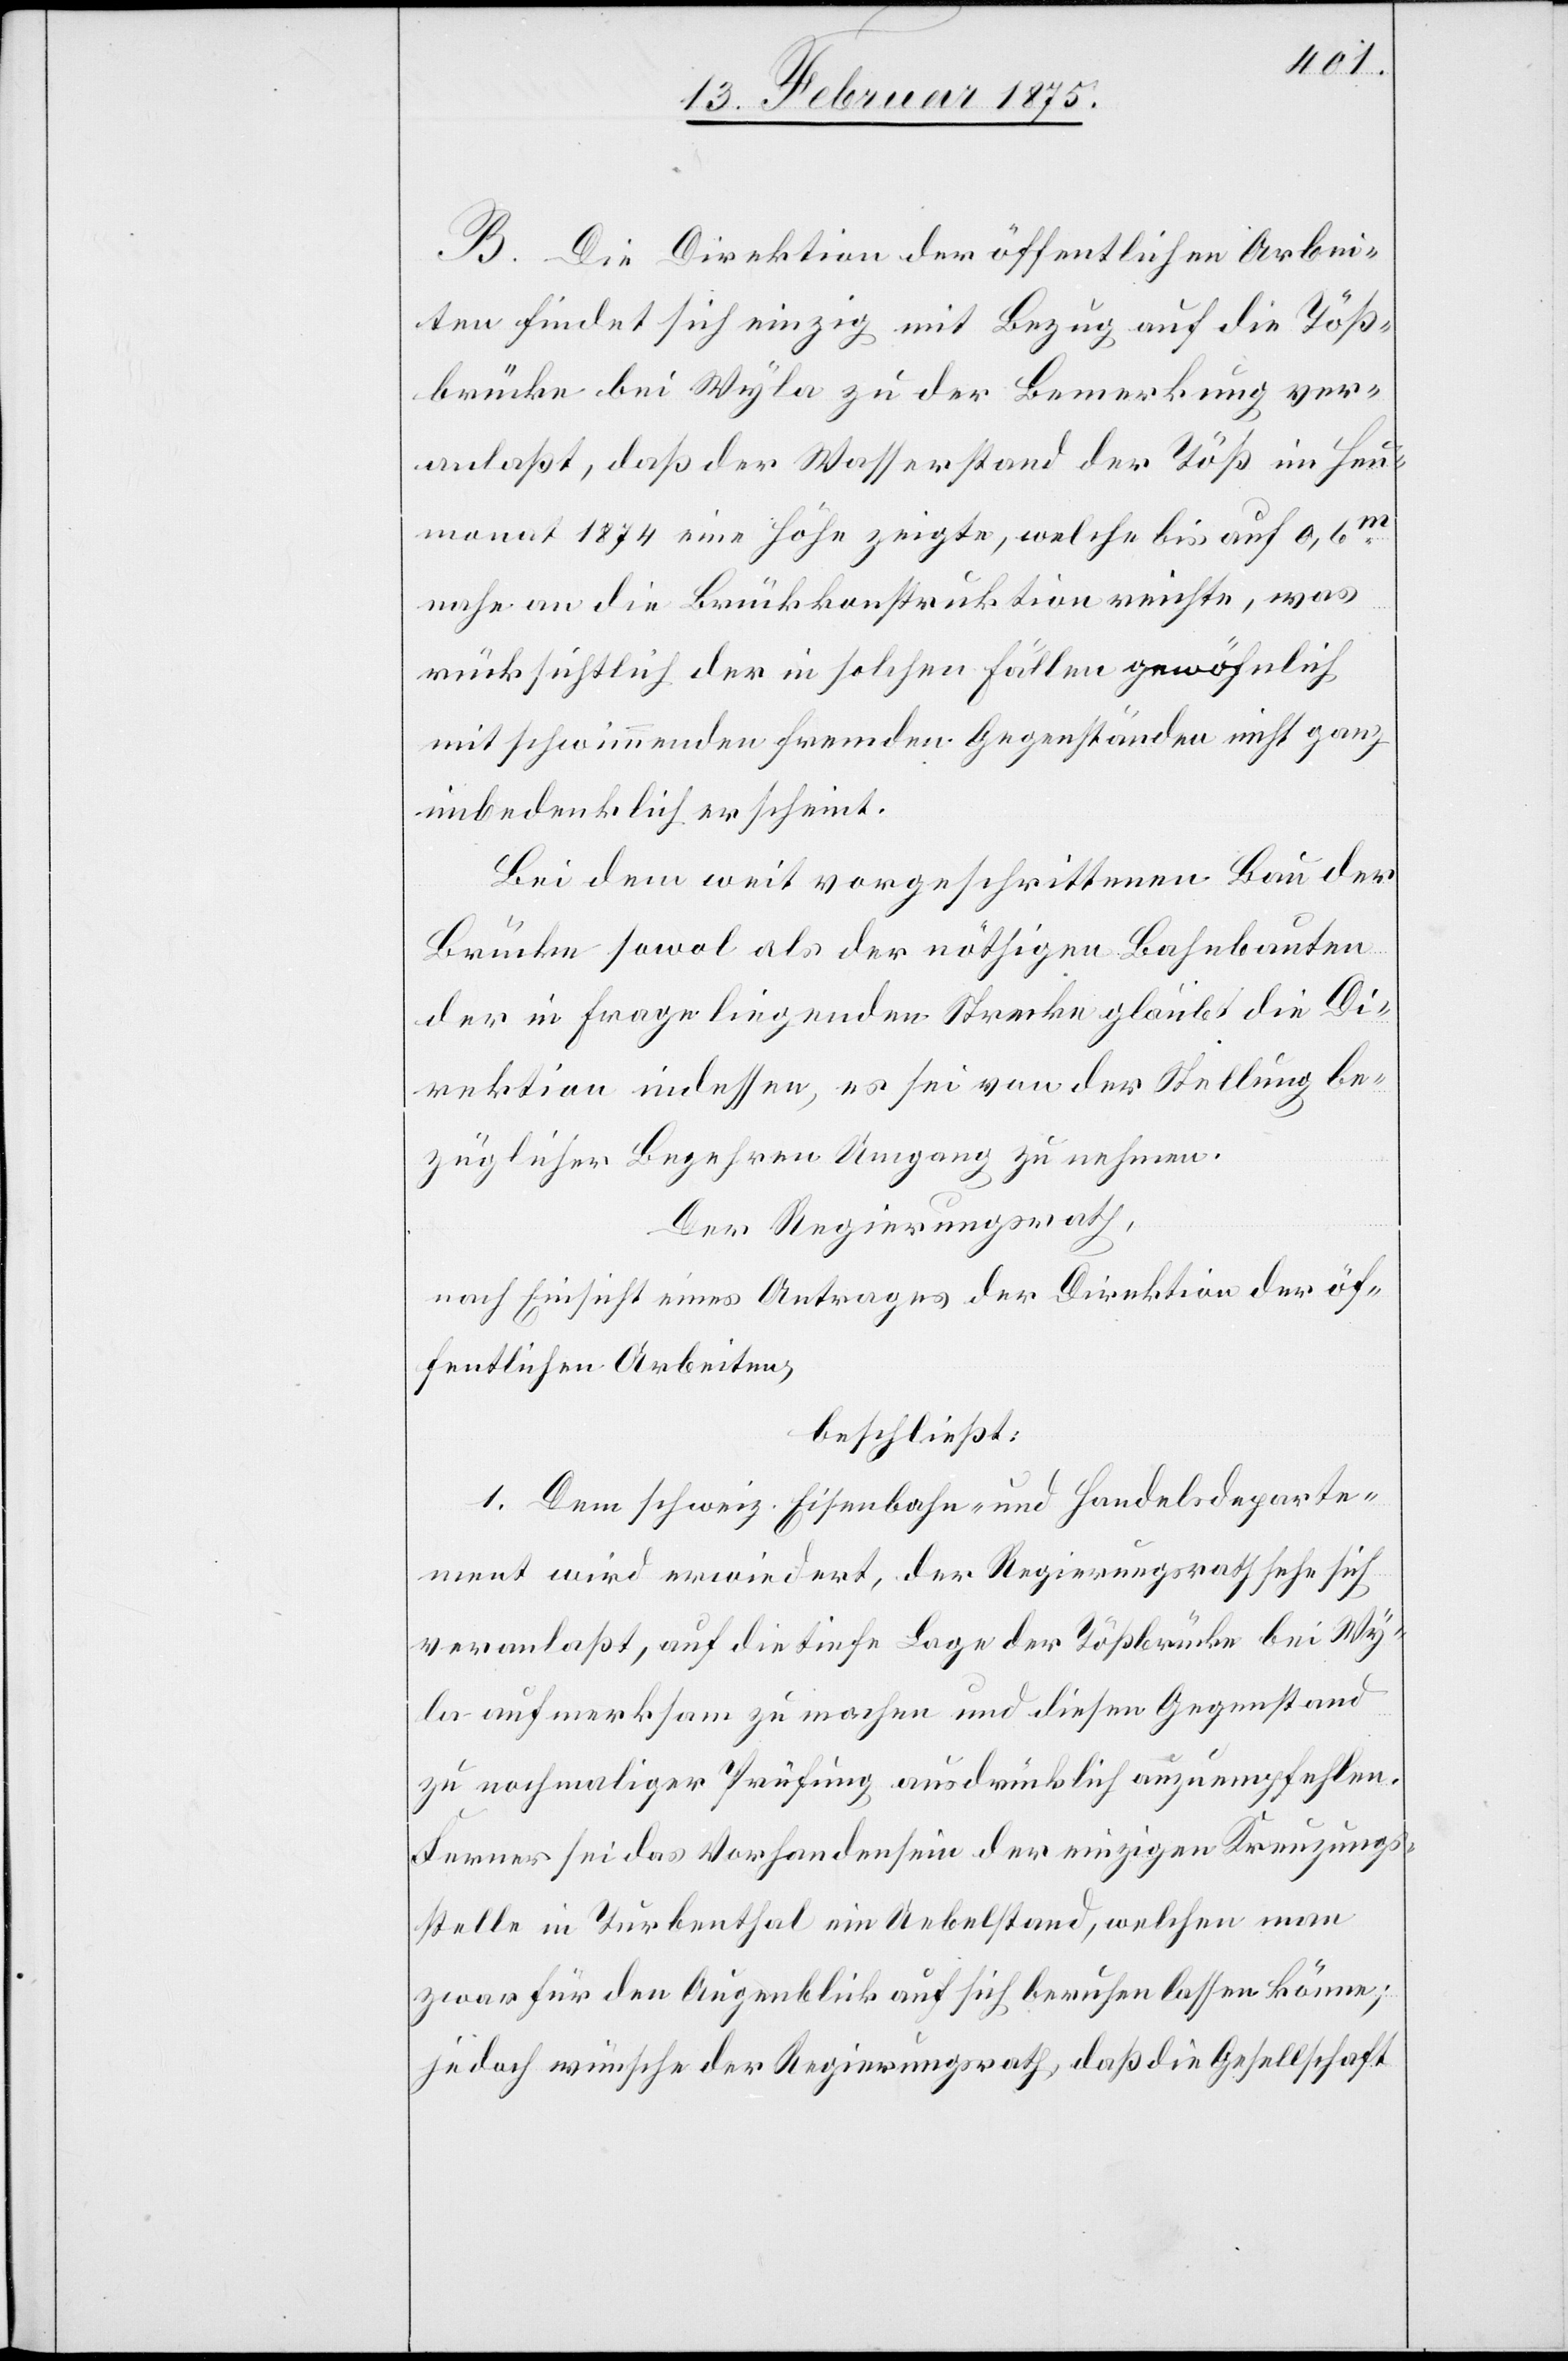
B. Die Direktion der öffentlichen Arbei¬
ten findet sich einzig mit Bezug auf die Töß¬
brücke bei Wyla zu der Bemerkung ver¬
anlaßt, daß der Wasserstand der Töß im Heu¬
monat 1874 eine Höhe zeigte, welche bis auf 0,6m
nahe an die Brückenkonstruktion reichte, was
rücksichtlich der in solchen Fällen gewöhnlich
mit schwimmenden fremden Gegenständen nicht ganz
unbedenklich erscheint.
Bei dem weit vorgeschrittenen Bau der
Brücke sowol als der nöthigen Bahnbauten
der in Frage liegenden Strecke glaubt die Di¬
rektion indessen, es sei von der Stellung be¬
züglicher Begehren Umgang zu nehmen.
Der Regierungsrath,
nach Einsicht eines Antrages der Direktion der öf¬
fentlichen Arbeiten,
beschließt:
1. Dem schweiz. Eisenbahn- und Handelsdeparte¬
ment wird erwiedert, der Regierungsrath sehe sich
veranlaßt, auf die tiefe Lage der Tößbrücke bei Wy¬
la aufmerksam zu machen und diesen Gegenstand
zu nochmaliger Prüfung ausdrücklich anzuempfehlen.
Ferner sei das Vorhandensein der einzigen Kreuzungs¬
stelle im Turbenthal ein Uebelstand, welchen man
zwar für den Augenblick auf sich beruhen lassen könne;
jedoch wünsche der Regierungsrath, daß die Gesellschaft